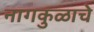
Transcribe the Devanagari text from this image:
नागकुळाचे